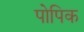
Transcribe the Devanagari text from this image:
पोपिक